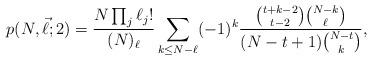
LaTeX: \begin{align*}p(N,\vec\ell;2)=\frac{N\prod_j\ell_j!}{(N)_{\ell}}\sum_{k\le N-\ell}(-1)^k\frac{\binom{t+k-2}{t-2}\binom{N-k}{\ell}}{(N-t+1)\binom{N-t}{k}},\end{align*}